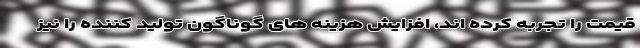
قیمت را تجربه کرده اند، افزایش هزینه های گوناگون تولید کننده را نیز